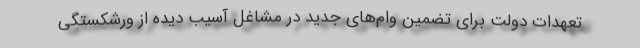
تعهدات دولت برای تضمین وام‌های جدید در مشاغل آسیب دیده از ورشکستگی